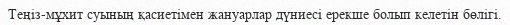
Теңіз-мұхит суының қасиетімен жануарлар дүниесі ерекше болып келетін бөлігі.